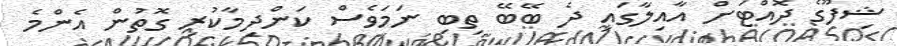
ޝިފޫގެ ދޮއްޓަށް އާއިލާގައި ދެ ބޭބޭ ތިބި ނަމަވެސް ކަންދިމާކުރި ގޮތުން އެންމެ